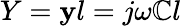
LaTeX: Y=\mathbf{y}l=j\omega\mathbb{C}l